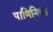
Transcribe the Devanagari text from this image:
पाणिनिश्च